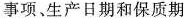
事项、生产日期和保质期